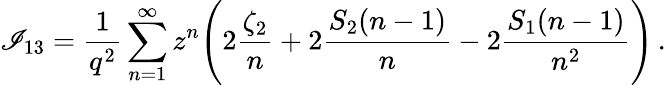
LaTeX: \mathscr{I}_{13}=\frac{{1}}{{q^{2}}}\sum_{n=1}^{\infty}z^{n}\Biggl(2\frac{{\zeta_{2}}}{{n}}+2\frac{{S_{2}(n-1)}}{{n}}-2\frac{{S_{1}(n-1)}}{{n^{2}}}\Biggr)\, .